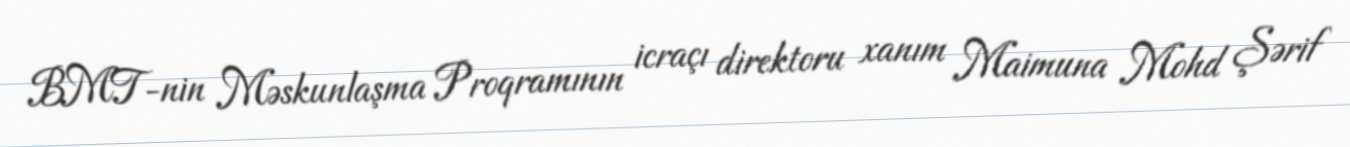
BMT-nin Məskunlaşma Proqramının icraçı direktoru xanım Maimuna Mohd Şərif